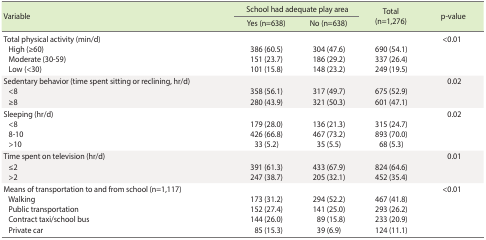
<table><thead><tr><td rowspan="2"><b>Variable</b></td><td colspan="2"><b>School had adequate play area</b></td><td rowspan="2"><b>Total (n=1,276)</b></td><td rowspan="2"><b>p-value</b></td></tr><tr><td><b>Yes (n=638)</b></td><td><b>No (n=638)</b></td></tr></thead><tbody><tr><td>Total physical activity (min/d)</td><td></td><td></td><td></td><td>&lt;0.01</td></tr><tr><td> High (≥60)</td><td>386 (60.5)</td><td>304 (47.6)</td><td>690 (54.1)</td><td></td></tr><tr><td> Moderate (30-59)</td><td>151 (23.7)</td><td>186 (29.2)</td><td>337 (26.4)</td><td></td></tr><tr><td> Low (&lt;30)</td><td>101 (15.8)</td><td>148 (23.2)</td><td>249 (19.5)</td><td></td></tr><tr><td>Sedentary behavior (time spent sitting or reclining, hr/d)</td><td></td><td></td><td></td><td>0.02</td></tr><tr><td> &lt;8</td><td>358 (56.1)</td><td>317 (49.7)</td><td>675 (52.9)</td><td></td></tr><tr><td> ≥8</td><td>280 (43.9)</td><td>321 (50.3)</td><td>601 (47.1)</td><td></td></tr><tr><td>Sleeping (hr/d)</td><td></td><td></td><td></td><td>0.02</td></tr><tr><td> &lt;8</td><td>179 (28.0)</td><td>136 (21.3)</td><td>315 (24.7)</td><td></td></tr><tr><td> 8-10</td><td>426 (66.8)</td><td>467 (73.2)</td><td>893 (70.0)</td><td></td></tr><tr><td> &gt;10</td><td>33 (5.2)</td><td>35 (5.5)</td><td>68 (5.3)</td><td></td></tr><tr><td>Time spent on television (hr/d)</td><td></td><td></td><td></td><td>0.01</td></tr><tr><td> ≤2</td><td>391 (61.3)</td><td>433 (67.9)</td><td>824 (64.6)</td><td></td></tr><tr><td> &gt;2</td><td>247 (38.7)</td><td>205 (32.1)</td><td>452 (35.4)</td><td></td></tr><tr><td>Means of transportation to and from school (n=1,117)</td><td></td><td></td><td></td><td>&lt;0.01</td></tr><tr><td> Walking</td><td>173 (31.2)</td><td>294 (52.2)</td><td>467 (41.8)</td><td></td></tr><tr><td> Public transportation</td><td>152 (27.4)</td><td>141 (25.0)</td><td>293 (26.2)</td><td></td></tr><tr><td> Contract taxi/school bus</td><td>144 (26.0)</td><td>89 (15.8)</td><td>233 (20.9)</td><td></td></tr><tr><td> Private car</td><td>85 (15.3)</td><td>39 (6.9)</td><td>124 (11.1)</td><td></td></tr></tbody></table>